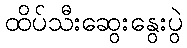
ထိပ်သီးဆွေးနွေးပွဲ